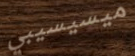
ميسيسيبي